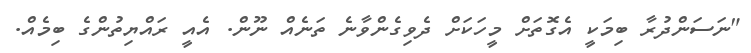
"ނަސަންދުރާ ބިމަކީ އެގޮތަށް މީހަކަށް ދެވިގެންވާނެ ތަނެއް ނޫން. އެއީ ރައްޔިތުންގެ ބިމެއް.